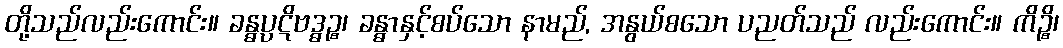
တို့သည်လည်းကောင်း။ ခန္ဓပ္ပဋိဗဒ္ဓဉ္စ၊ ခန္ဓာနှင့်စပ်သော နာမည်, အနွယ်စသော ပညတ်သည် လည်းကောင်း။ ကိဉ္စိ၊